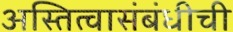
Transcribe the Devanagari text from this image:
अस्तित्वासंबंधीची